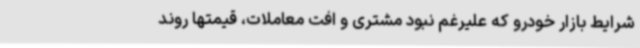
شرایط بازار خودرو که علیرغم نبود مشتری و افت معاملات، قیمتها روند